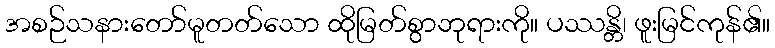
အစဉ်သနားတော်မူတတ်သော ထိုမြတ်စွာဘုရားကို။ ပဿန္တိ၊ ဖူးမြင်ကုန်၏။